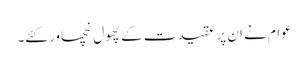
عوام نے ان پر عقیدت کے پھول نچھاور کئے۔